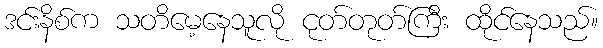
ဒင်းနိစ်က သတိမေ့နေသူလို ငုတ်တုတ်ကြီး ထိုင်နေသည်။